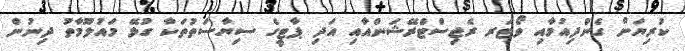
ކުރިޔަށް ގެންދިއުމާއި ވޯޓަރ ރެޖިސްޓްރޭޝަންއާއި އަދި ޕާޓީގެ ސިޔާސަތުތަކާ ގުޅޭ މައުލޫމާތު ދިނުން